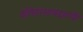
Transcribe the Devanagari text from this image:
इतिहासाबद्दलची